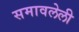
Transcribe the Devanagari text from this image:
समावलेली